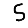
Digit: 5